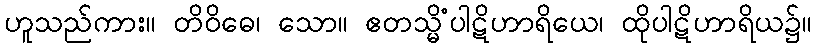
ဟူသည်ကား။ တိဝိဓေ၊ သော။ ဧတသ္မိံပါဋိဟာရိယေ၊ ထိုပါဋိဟာရိယ၌။